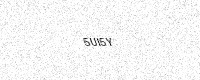
Text: 5UI5Y